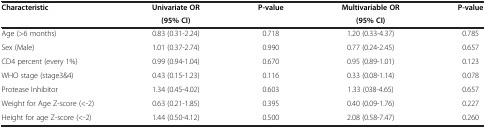
<table><thead><tr><td><b>Characteristic</b></td><td><b>Univariate OR</b></td><td><b>P-value</b></td><td><b>Multivariable OR</b></td><td><b>P-value</b></td></tr><tr><td><b> </b></td><td><b>(95% CI)</b></td><td><b> </b></td><td><b>(95% CI)</b></td><td><b> </b></td></tr></thead><tbody><tr><td>Age (&gt;6 months)</td><td>0.83 (0.31-2.24)</td><td>0.718</td><td>1.20 (0.33-4.37)</td><td>0.785</td></tr><tr><td>Sex (Male)</td><td>1.01 (0.37-2.74)</td><td>0.990</td><td>0.77 (0.24-2.45)</td><td>0.657</td></tr><tr><td>CD4 percent (every 1%)</td><td>0.99 (0.94-1.04)</td><td>0.670</td><td>0.95 (0.89-1.01)</td><td>0.123</td></tr><tr><td>WHO stage (stage3&amp;4)</td><td>0.43 (0.15-1.23)</td><td>0.116</td><td>0.33 (0.08-1.14)</td><td>0.078</td></tr><tr><td>Protease Inhibitor</td><td>1.34 (0.45-4.02)</td><td>0.603</td><td>1.33 (038-4.65)</td><td>0.657</td></tr><tr><td>Weight for Age Z-score (&lt;-2)</td><td>0.63 (0.21-1.85)</td><td>0.395</td><td>0.40 (0.09-1.76)</td><td>0.227</td></tr><tr><td>Height for age Z-score (&lt;-2)</td><td>1.44 (0.50-4.12)</td><td>0.500</td><td>2.08 (0.58-7.47)</td><td>0.260</td></tr></tbody></table>